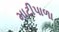
માટીપાળા